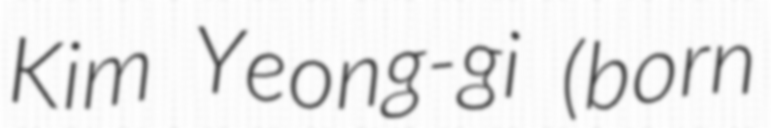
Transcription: Kim Yeong-gi (born